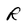
Character: R